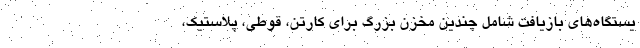
یستگاه‌های بازیافت شامل چندین مخزن بزرگ برای کارتن، قوطی، پلاستیک،